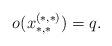
LaTeX: \begin{align*} o(x^{(*,*)}_{*,*})=q.\end{align*}